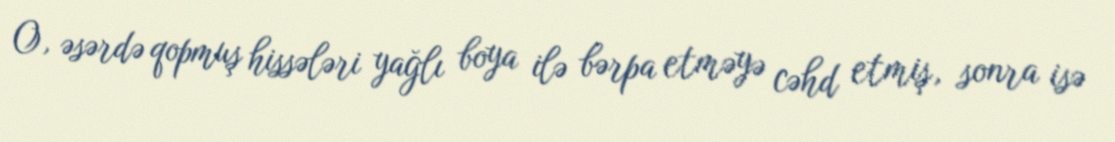
O, əsərdə qopmuş hissələri yağlı boya ilə bərpa etməyə cəhd etmiş, sonra isə